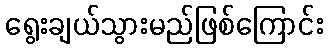
ရွေးချယ်သွားမည်ဖြစ်ကြောင်း